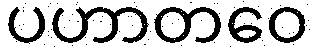
ပဟာတဝေ